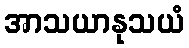
အာသယာနုသယံ